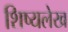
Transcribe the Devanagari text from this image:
शिष्यलेख